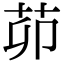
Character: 茆